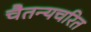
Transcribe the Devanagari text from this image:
चैतन्यचरित